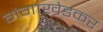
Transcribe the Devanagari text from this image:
गंगाखेडकर